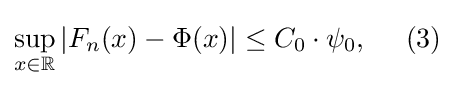
\sup _{x\in \mathbb {R} }\left|F_{n}(x)-\Phi (x)\right|\leq C_{0}\cdot \psi _{0},\ \ \ \ (3)